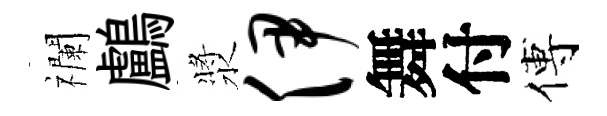
襴鸕漿伊舞付傅